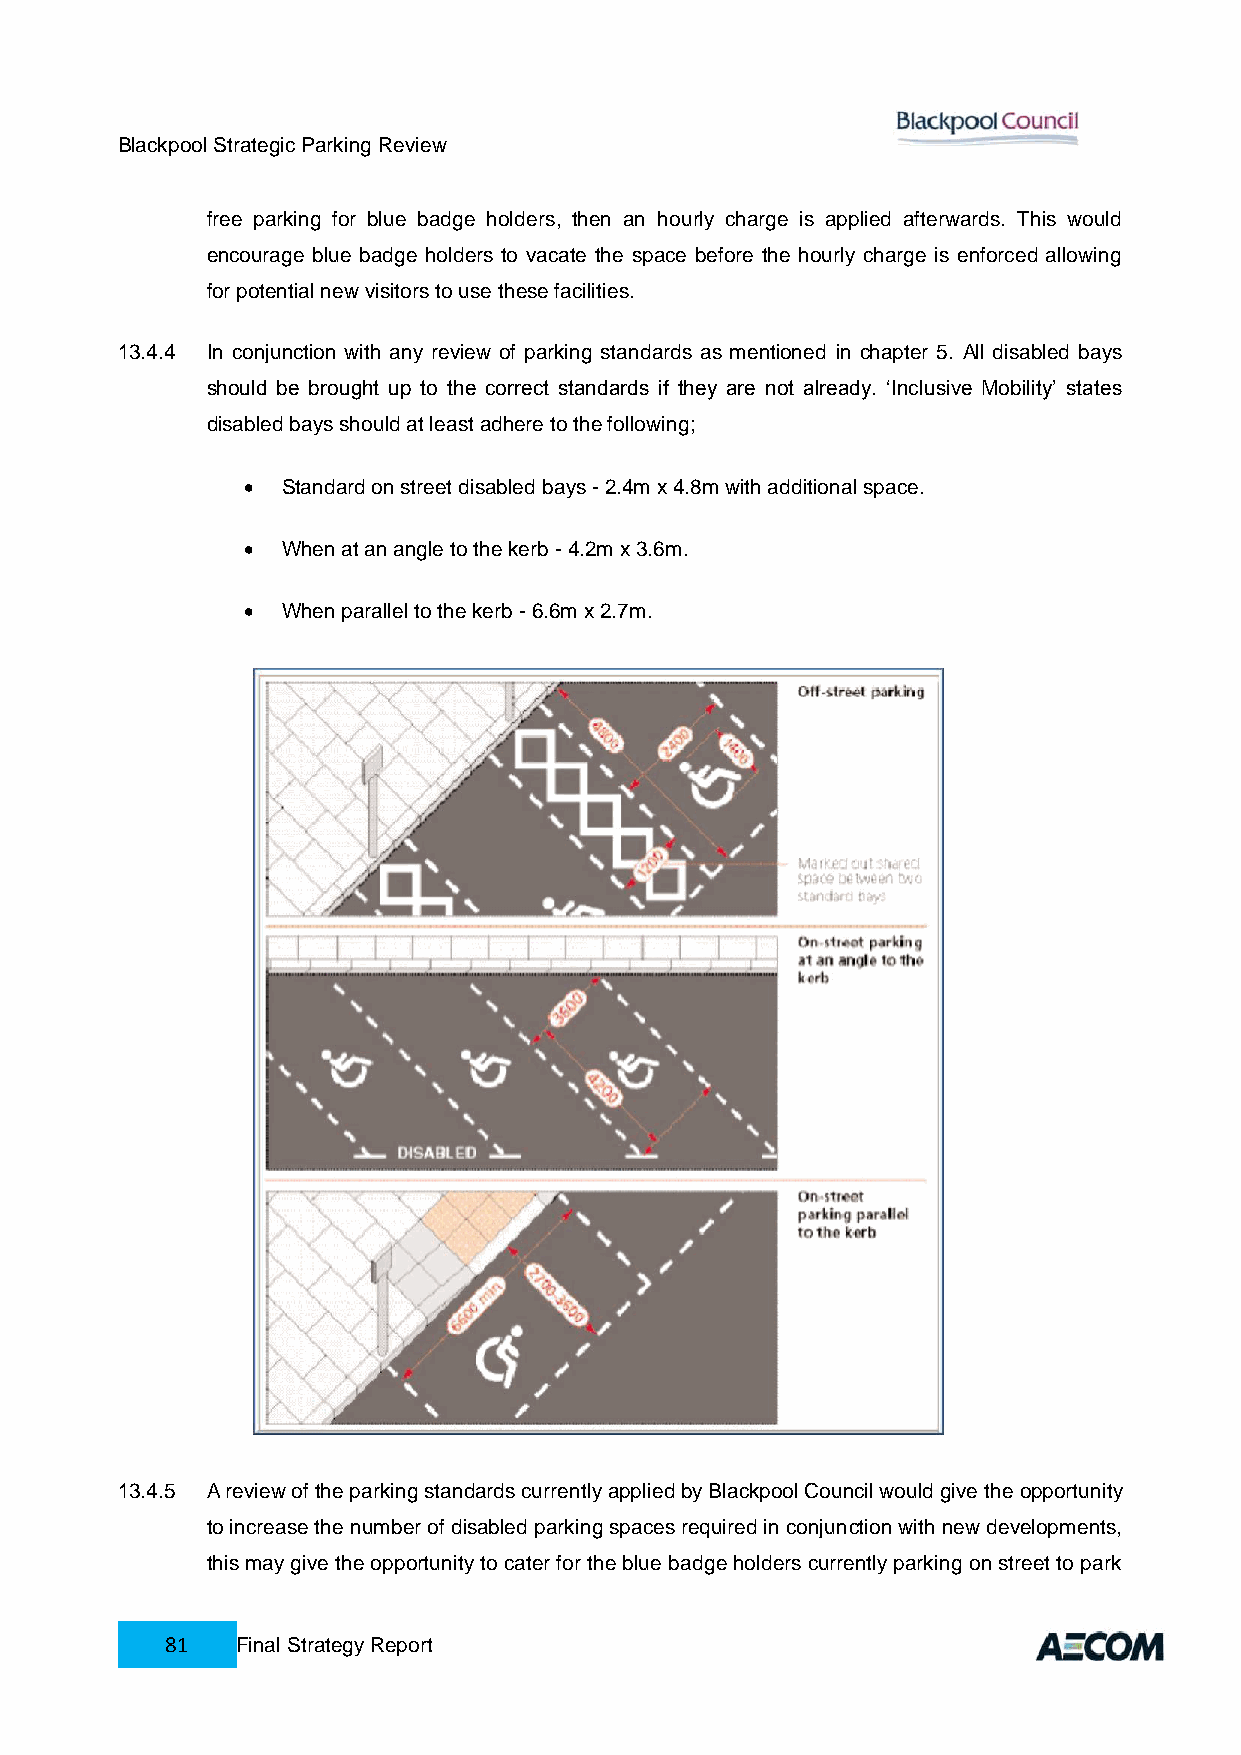
Blackpool Strategic Parking Review
 free parking for blue badge holders, then an hourly charge is applied afterwards. This would
 encourage blue badge holders to vacate the space before the hourly charge is enforced allowing
 for potential new visitors to use these facilities.
 13.4.4 In conjunction with any review of parking standards as mentioned in chapter 5. All disabled bays
 should be brought up to the correct standards if they are not already. ‘Inclusive Mobility’ states
 disabled bays should at least adhere to the following;
   Standard on street disabled bays - 2.4m x 4.8m with additional space.
   When at an angle to the kerb - 4.2m x 3.6m.
   When parallel to the kerb - 6.6m x 2.7m.
 13.4.5 A review of the parking standards currently applied by Blackpool Council would give the opportunity
 to increase the number of disabled parking spaces required in conjunction with new developments,
 this may give the opportunity to cater for the blue badge holders currently parking on street to park
 81   Final Strategy Report